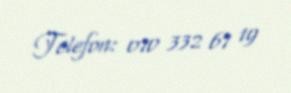
Telefon: 070 332 67 19